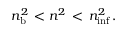
n _ { \mathrm { b } } ^ { 2 } \, < n ^ { 2 } \, < \, n _ { \mathrm { i n f } } ^ { 2 } \, .